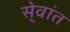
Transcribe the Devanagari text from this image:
से्वांत